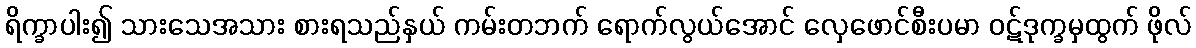
ရိက္ခာပါး၍ သားသေအသား စားရသည်နှယ် ကမ်းတဘက် ရောက်လွယ်အောင် လှေဖောင်စီးပမာ ဝဋ်ဒုက္ခမှထွက် ဖိုလ်